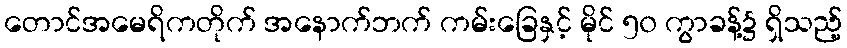
တောင်အမေရိကတိုက် အနောက်ဘက် ကမ်းခြေနှင့် မိုင် ၅၀ ကွာခန့်၌ ရှိသည့်